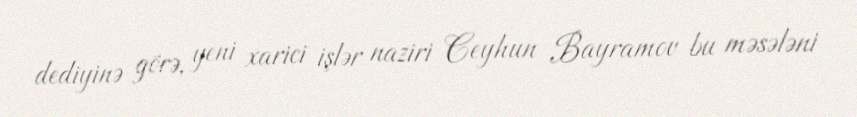
dediyinə görə, yeni xarici işlər naziri Ceyhun Bayramov bu məsələni